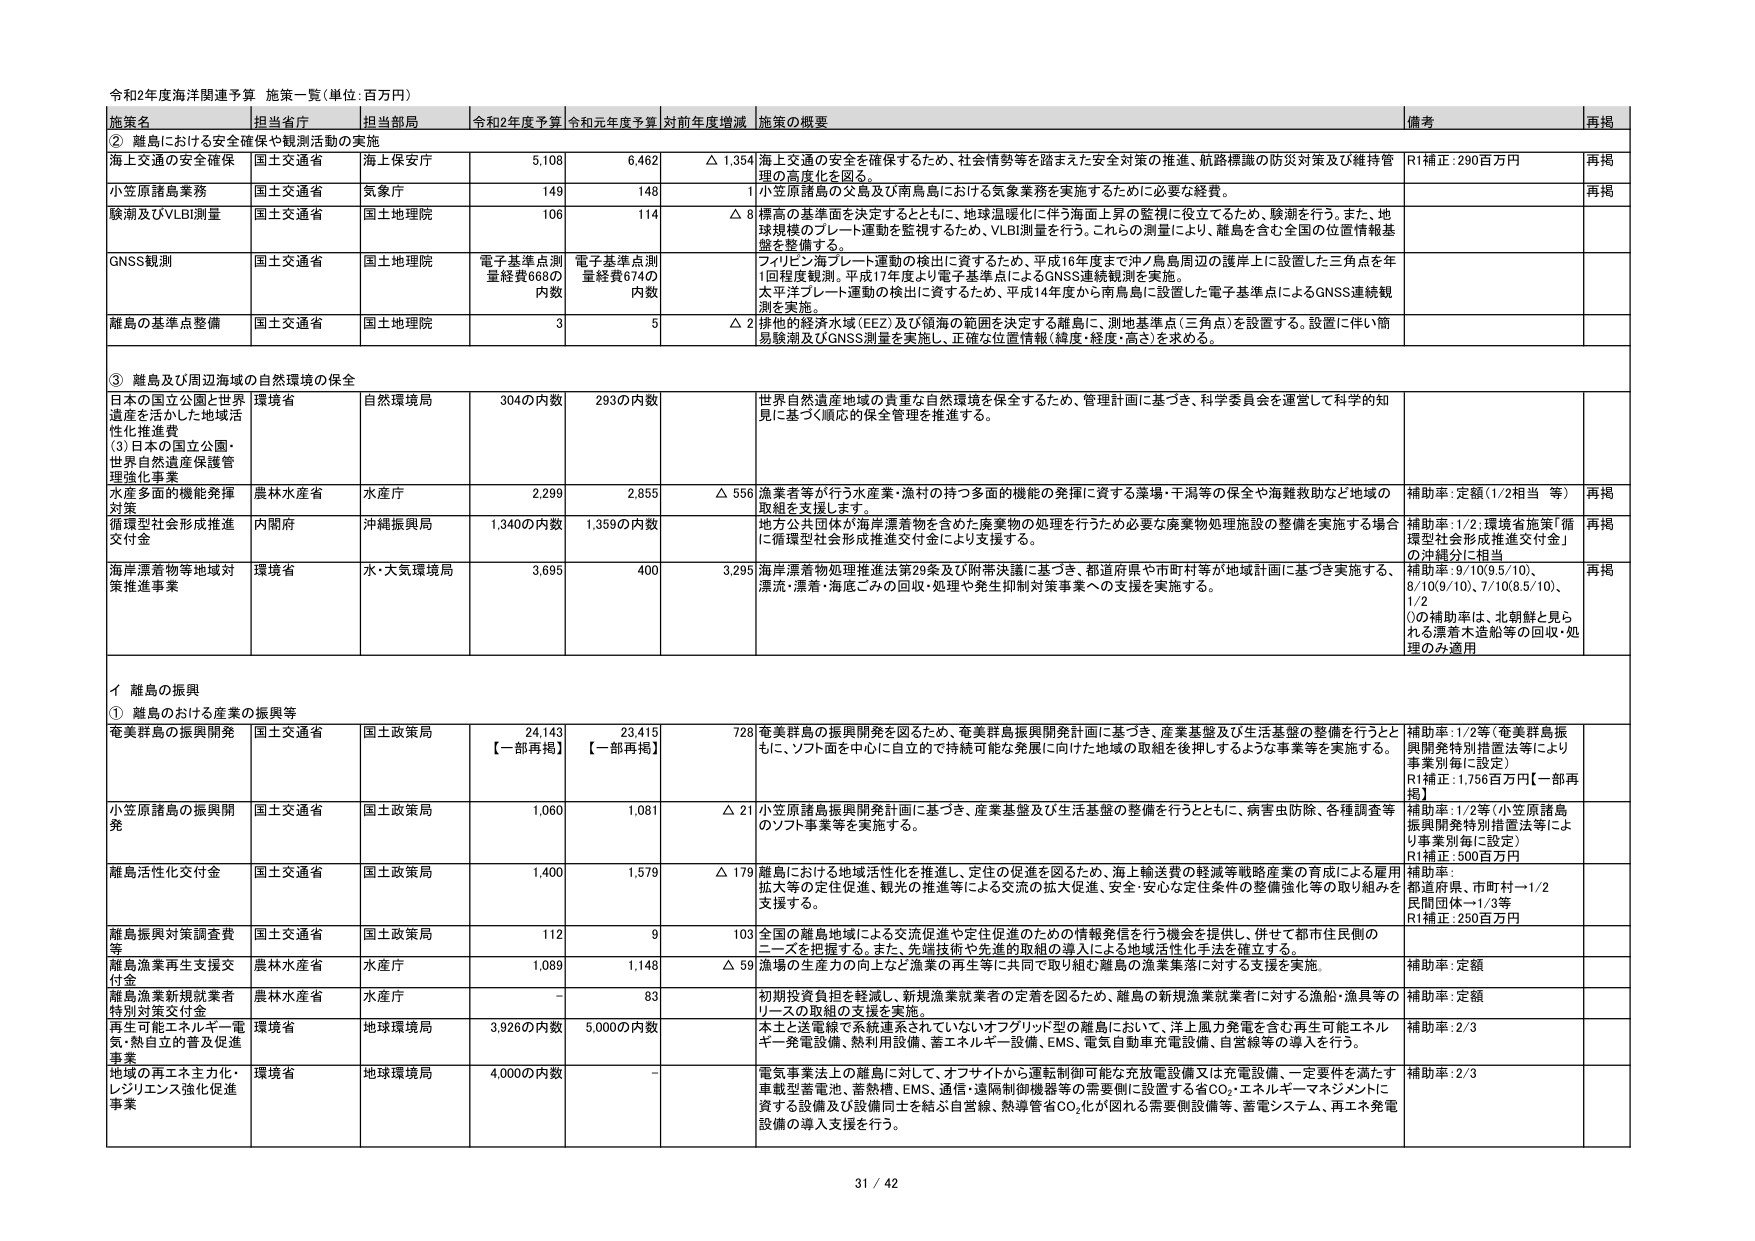
令和2年度海洋関連予算 施策一覧（単位：百万円）

施策名 担当省庁 担当部局 令和2年度予算 令和元年度予算 対前年度増減 施策の概要 備考 再掲

② 離島における安全確保や観測活動の実施

海上交通の安全確保 国土交通省 海上保安庁 5,108 6,462 △ 1,354 海上交通の安全を確保するため、社会情勢等を踏まえた安全対策の推進、航路標識の防災対策及び維持管理の高度化を図る。 R1補正：290百万円 再掲

小笠原諸島業務 国土交通省 気象庁 149 148 1 小笠原諸島の交易及び南鳥島における気象業務を実施するために必要な経費。 再掲

験測及びVLBI測量 国土交通省 国土地理院 106 114 △ 8 標高の基準面を決定するとともに、地球温暖化に伴う海面上昇の監視に役立てるため、験測を行う。また、地球規模のプレート運動を監視するため、VLBI測量を行う。これらの測量により、離島を含む全国の位置情報基盤を整備する。

GNSS観測 国土交通省 国土地理院 電子基準点測量経費668の内数 電子基準点測量経費674の内数 フィリピン海プレート運動の検出に資するため、平成16年度まで沖ノ鳥島周辺の護岸上に設置した三角点を年1回程度観測。平成17年度より電子基準点によるGNSS連続観測を実施。 太平洋プレート運動の検出に資するため、平成14年度から南鳥島に設置した電子基準点によるGNSS連続観測を実施。

離島の基準点整備 国土交通省 国土地理院 3 5 △ 2 排他的経済水域（EEZ）及び領海の範囲を決定する離島に、測地基準点（三角点）を設置する。設置に伴い簡易験測及びGNSS測量を実施し、正確な位置情報（緯度・経度・高さ）を求める。

③ 離島及び周辺海域の自然環境の保全

日本の国立公園と世界遺産を活かした地域活性化推進費 （3）日本の国立公園・世界自然遺産保護管理強化事業 環境省 自然環境局 304の内数 293の内数 世界自然遺産地域の貴重な自然環境を保全するため、管理計画に基づき、科学委員会を運営して科学的知見に基づく順応的保全管理を推進する。

水産多面的機能発揮対策 農林水産省 水産庁 2,299 2,855 △ 556 漁業者が行う水産業・漁村の持つ多面的機能の発揮に資する藻場・干潟等の保全や海難救助など地域の取組を支援します。 補助率：定額（1/2相当 等） 再掲

循環型社会形成推進交付金 内閣府 沖縄振興局 1,340の内数 1,359の内数 地方公共団体が海岸漂着物を含めた廃棄物の処理を行うため必要な廃棄物処理施設の整備を実施する場合に循環型社会形成推進交付金により支援する。 補助率：1/2。環境省施策「循環型社会形成推進交付金」の沖縄分に相当 再掲

海岸漂着物等地域対策推進事業 環境省 水・大気環境局 3,695 400 3,295 海岸漂着物処理推進法第29条及び附帯決議に基づき、都道府県や市町村等が地域計画に基づき実施する、漂流・漂着・海底ごみの回収・処理や発生抑制対策事業への支援を実施する。 補助率：9/10（9.5/10）、8/10（9/10）、7/10（8.5/10）、1/2 ○の補助率は、北朝鮮と見られる漂着木造船等の回収・処理のみ適用 再掲

イ 離島の振興

① 離島における産業の振興等

奄美群島の振興開発 国土交通省 国土政策局 24,143 【一部再掲】 23,415 【一部再掲】 728 奄美群島の振興開発を図るため、奄美群島振興開発計画に基づき、産業基盤及び生活基盤の整備を行うとともに、ソフト面を中心に自立的で持続可能な発展に向けた地域の取組を後押しするような事業等を実施する。 補助率：1/2等（奄美群島振興開発特別措置法等により事業別毎に設定） R1補正：1,756百万円【一部再掲】

小笠原諸島の振興開発 国土交通省 国土政策局 1,060 1,081 △ 21 小笠原諸島振興開発計画に基づき、産業基盤及び生活基盤の整備を行うとともに、病害虫防除、各種調査等のソフト事業等を実施する。 補助率：1/2等（小笠原諸島振興開発特別措置法等により事業別毎に設定） R1補正：500百万円

離島活性化交付金 国土交通省 国土政策局 1,400 1,579 △ 179 離島における地域活性化を推進し、定住の促進を図るため、海上輸送費の軽減等戦略産業の育成による雇用拡大等の定住促進、観光の推進等による交流の拡大促進、安全・安心な定住条件の整備強化等の取り組みを支援する。 補助率： 都道府県、市町村→1/2 民間団体→1/3等 R1補正：250百万円

離島振興対策調査費等 国土交通省 国土政策局 112 9 103 全国の離島地域による交流促進や定住促進のための情報発信を行う機会を提供し、併せて都市住民側のニーズを把握する。また、先端技術や先進的取組の離島による地域活性化手法を確立する。

離島漁業再生支援交付金 農林水産省 水産庁 1,089 1,148 △ 59 漁場の生産力の向上など漁業の再生等に共同で取り組む離島の漁業集落に対する支援を実施。 補助率：定額

離島漁業新規就業者特別対策交付金 農林水産省 水産庁 - 83 初期投資負担を軽減し、新規漁業就業者の定着を図るため、離島の新規漁業就業者に対する漁船・漁具等のリースの取組の支援を実施。 補助率：定額

再生可能エネルギー・電気・熱自立的普及促進事業 環境省 地球環境局 3,926の内数 5,000の内数 本土と送電線で系統連系されていないオフグリッド型の離島において、洋上風力発電を含む再生可能エネルギー発電設備、熱利用設備、蓄エネルギー設備、EMS、電気自動車充電設備、自営線等の導入を行う。 補助率：2/3

地域の再エネ主力化・レジリエンス強化促進事業 環境省 地球環境局 4,000の内数 - 電気事業法上の離島に対して、オフサイトから運転制御可能な充放電設備又は充電設備、一定要件を満たす車載型蓄電池、蓄熱槽、EMS、通信・遠隔制御機器等の需要側に設置する省CO₂・エネルギーマネジメントに資する設備及び設備同士を結ぶ自営線、熱導管等CO₂化が図れる需要側設備等、蓄電システム、再エネ発電設備の導入支援を行う。 補助率：2/3

31 / 42